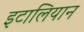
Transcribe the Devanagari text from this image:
इटालियान